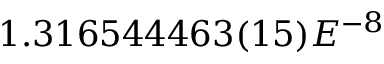
1 . 3 1 6 5 4 4 4 6 3 ( 1 5 ) E ^ { - 8 }